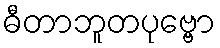
ဓီတာဘူတပုဗ္ဗော